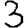
Digit: 3